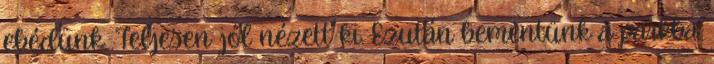
ebédünk. Teljesen jól nézett ki. Ezután bementünk a parkba.